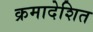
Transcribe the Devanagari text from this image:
क्रमादेशित